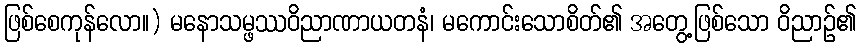
ဖြစ်စေကုန်လော။) မနောသမ္ဖဿဝိညာဏာယတနံ၊ မကောင်းသောစိတ်၏ အတွေ့ဖြစ်သော ဝိညာဉ်၏